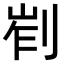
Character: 𠜿